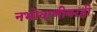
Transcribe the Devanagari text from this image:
नभोवाणीवरही